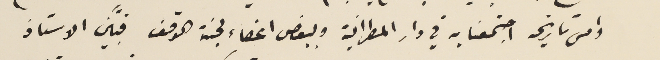
وامس تاريخه اجتمعنا به في دار المطرانية وببعض اعضاء لجنة الوقف فبيَّن الاستاذ